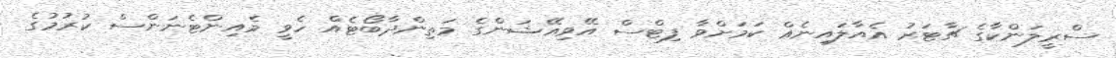
ސްރީލަންކާގެ ޗާޓަރު އެއާލައިނެއް ކަމަށްވާ ފިޓްސް އޭވިއޭޝަންގެ މަތިންދާބޯޓެއް ހެވީ މެއިންޓެނަންސް ކުރުމުގެ